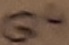
Text: Q4